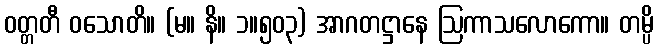
ဝတ္တတီ ဝသောတိ။ (မ။ နိ။ ၁။၅၀၃) အာဂတဋ္ဌာနေ ဩကာသလောကော။ တမ္ပိ